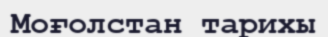
Моғолстан тарихы